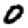
Digit: 0